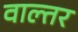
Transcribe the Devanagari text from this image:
वाल्तर